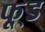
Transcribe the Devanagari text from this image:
फू़्ड